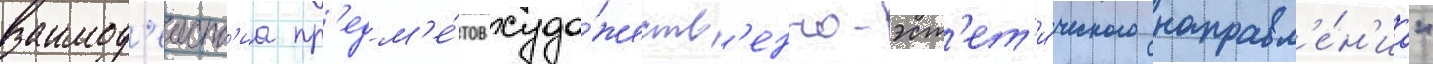
взаимод'еиств'иа пр'едм'е́тов худо́жеств'енно-эст'ет'и́ческого направл'е́н'иа"